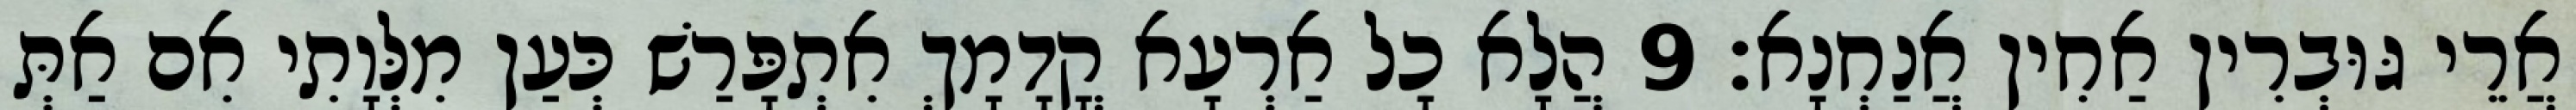
אֲרֵי גּוּבְרִין אַחִין אֲנַחְנָא׃ 9 הֲלָא כָל אַרְעָא קֳדָמָךְ אִתְפָּרַשׁ כְּעַן מִלְּוָתִי אִם אַתְּ